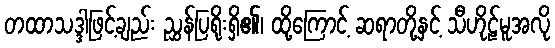
တထာသဒ္ဒါဖြင့်ချည်း ညွှန်ပြရိုးရှိ၏၊ ထို့ကြောင့် ဆရာတို့နှင့် သီဟိုဠ်မူအလို